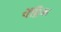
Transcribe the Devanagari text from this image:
पेंद्रिक